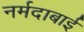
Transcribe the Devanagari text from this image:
नर्मदाबाई